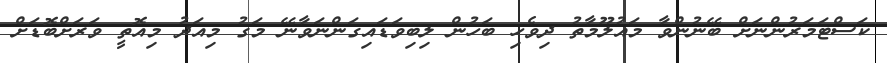
ކަސްޓަމަރުންނަށް ބޭނުންވާ މައުލޫމާތު ދިވެހި ބަހުން ލިބިވަޑައިގަންނަވާނޭ މަގު މިއަދު މިއޮތީ ވަރަށްބޮޑަށް